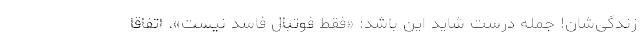
زندگی‌شان! جمله درست شاید این باشد: «فقط فوتبال فاسد نیست». اتفاقاً